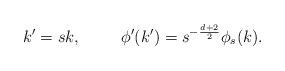
LaTeX: \begin{align*}k^{\prime}=sk, \hspace{1.0cm} \phi^{\prime}(k^{\prime})=s^{-\frac{d+2}{2}}\phi_s (k).\end{align*}